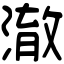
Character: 澈